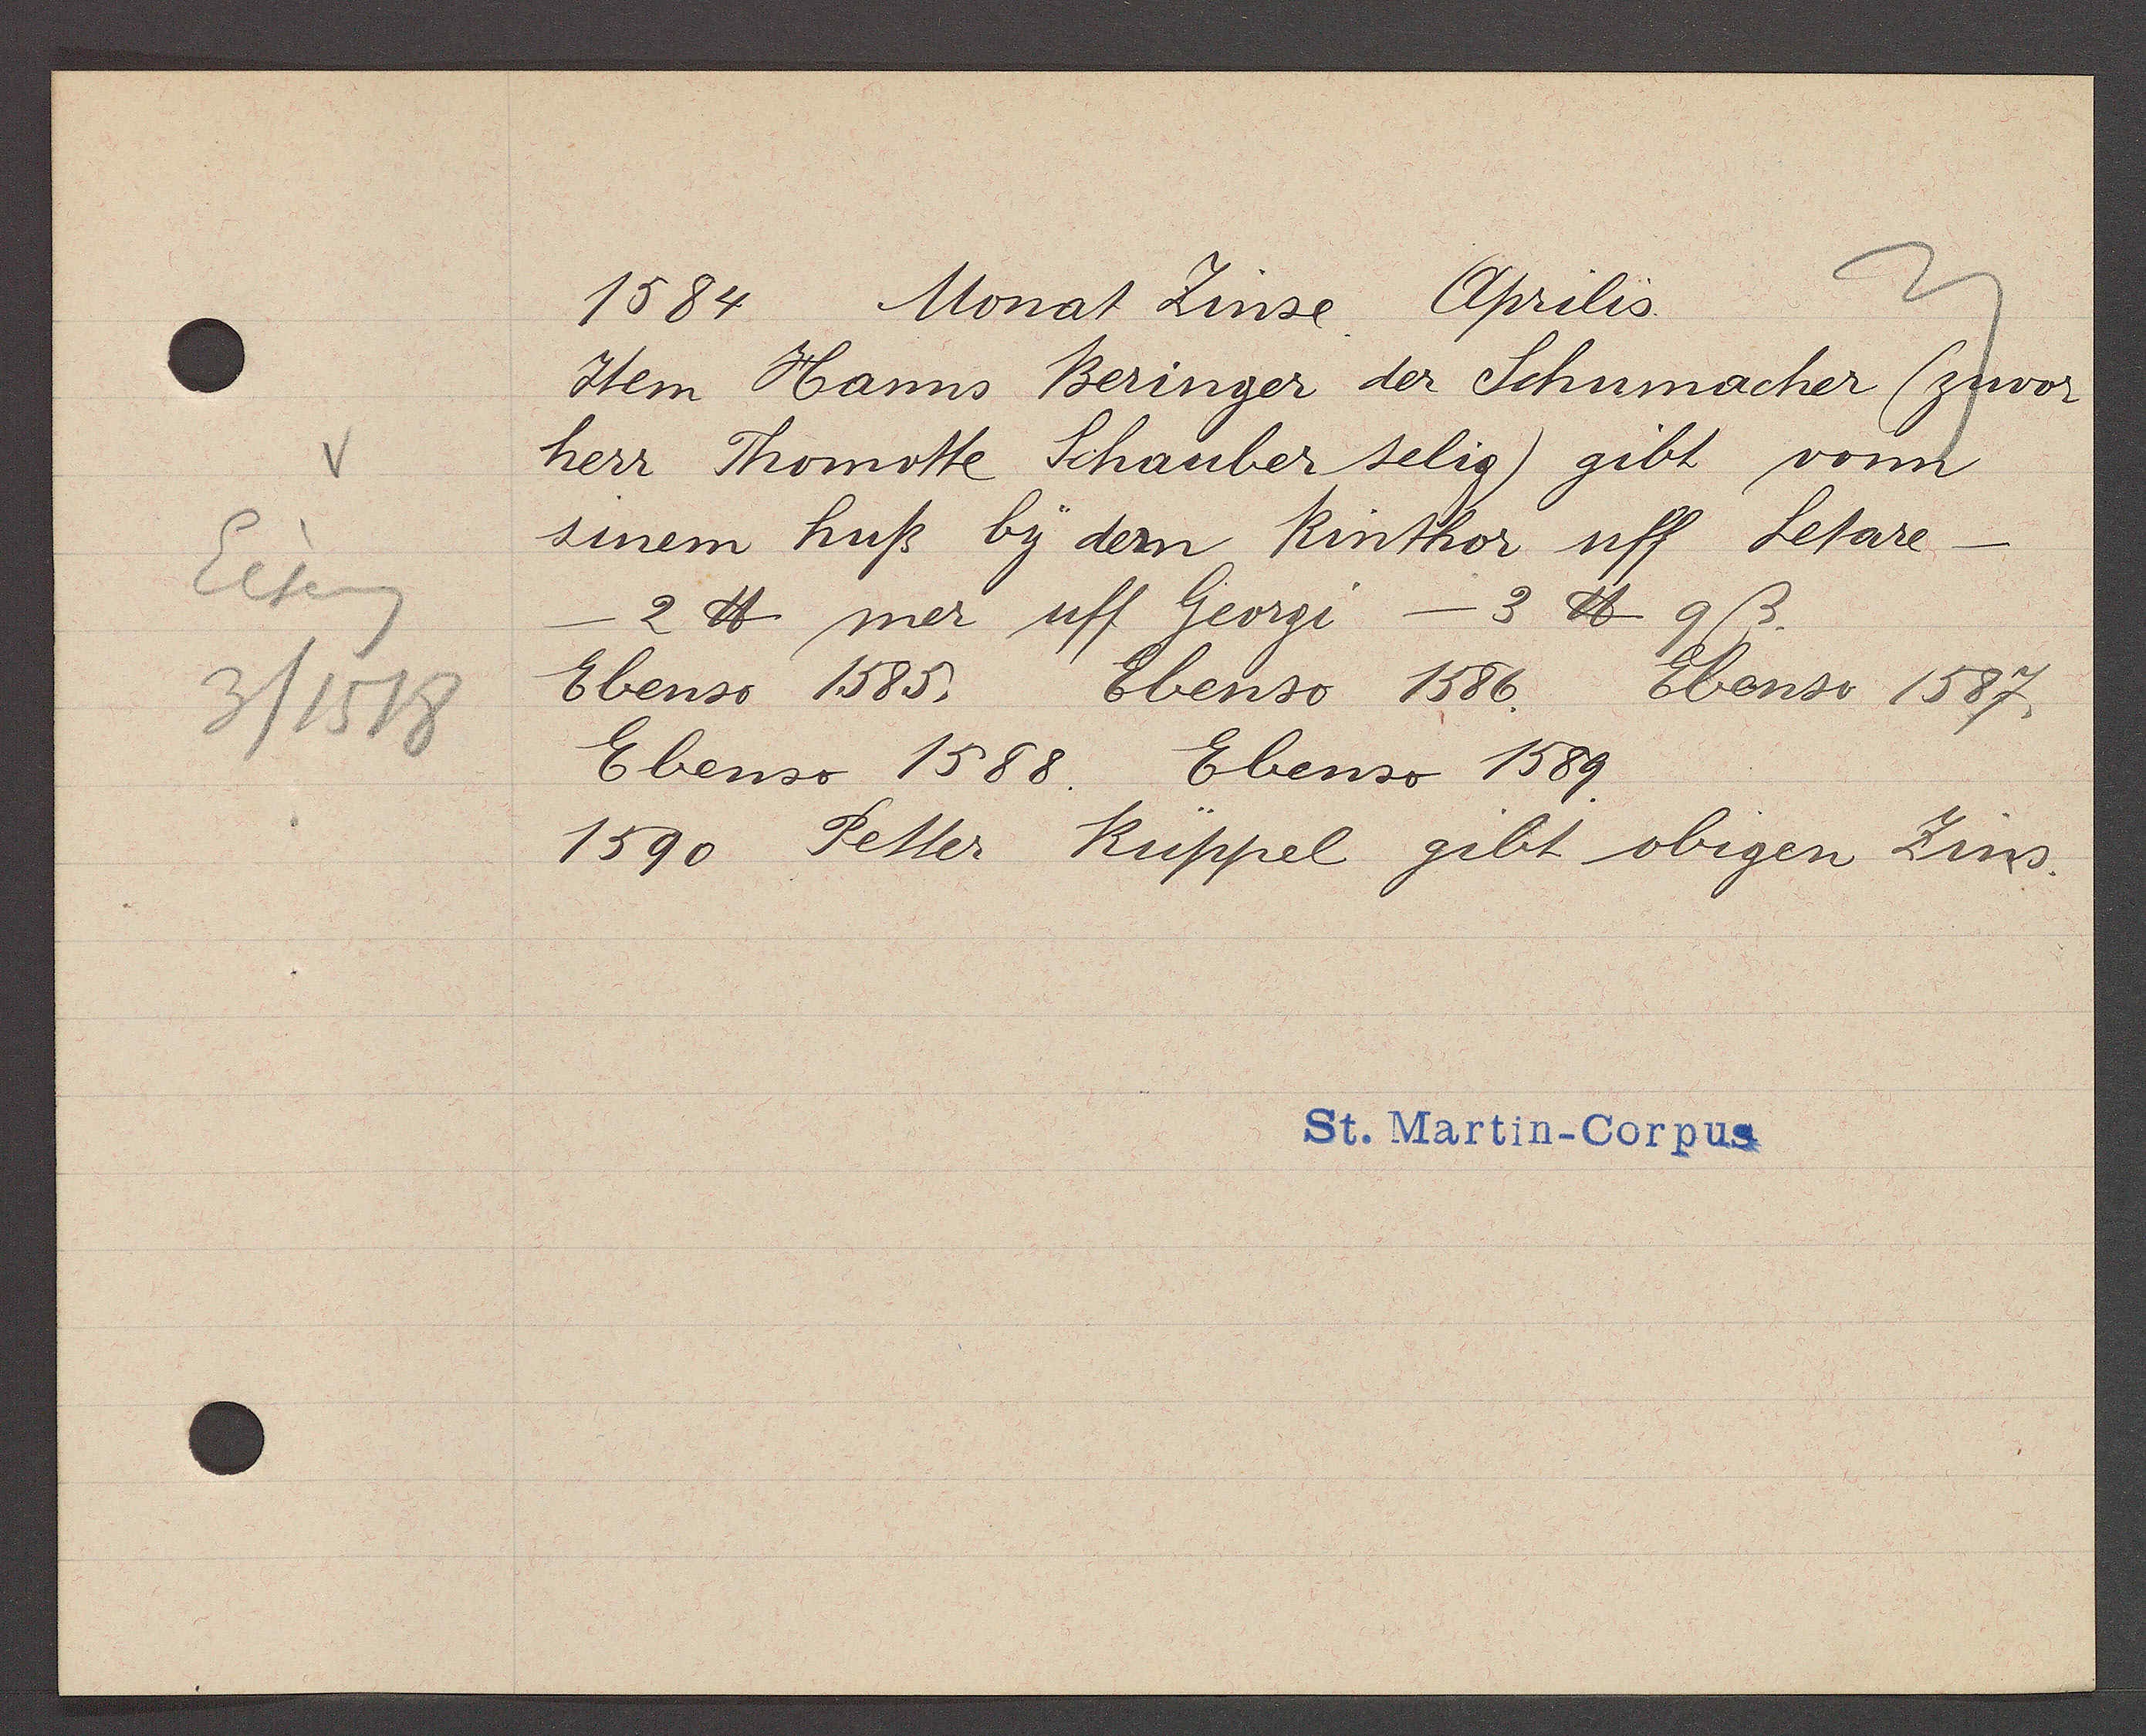
Transcript:
Eiseng
3/1518

1584 Monat Zinse Aprilis
Item Hanns Beringer der Schumacher (zuvor
herr Thomotte Schauber selig) gibt vonn
sinem huß by dem Rinthor uff Letare -
2 ℔ mer uff Georgi — 3 ℔ 9 ß.
Ebenso 1585. Ebenso 1586. Ebenso 1587.
Ebenso 1588. Ebenso 1589.
1590 Petter Rüppel gibt obigen Zins

St. Martin-Corpus